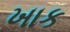
ખાક